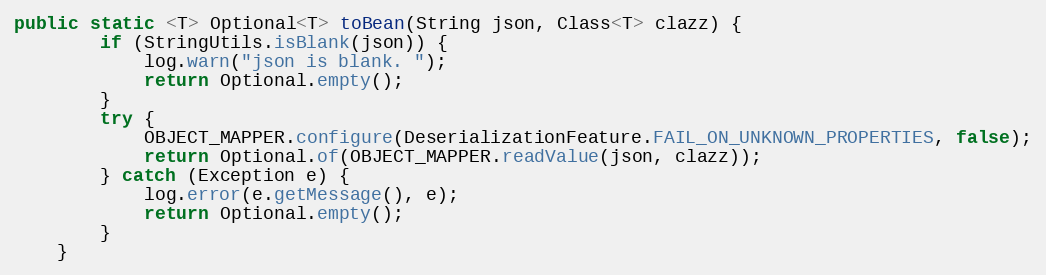
Language: Java
public static <T> Optional<T> toBean(String json, Class<T> clazz) {
        if (StringUtils.isBlank(json)) {
            log.warn("json is blank. ");
            return Optional.empty();
        }
        try {
            OBJECT_MAPPER.configure(DeserializationFeature.FAIL_ON_UNKNOWN_PROPERTIES, false);
            return Optional.of(OBJECT_MAPPER.readValue(json, clazz));
        } catch (Exception e) {
            log.error(e.getMessage(), e);
            return Optional.empty();
        }
    }